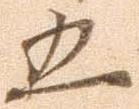
五